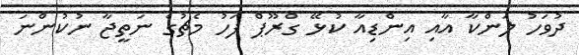
ދުވަހު ލަންކާ އާއި އިންޑިއާ ކުޅޭ ގްރޫޕް ފަހު މެޗުގެ ނަތީޖާ ނުކުންނަ